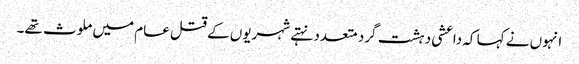
انہوں نے کہا کہ داعشی دہشت گرد متعدد نہتے شہریوں کے قتل عام میں ملوث تھے۔